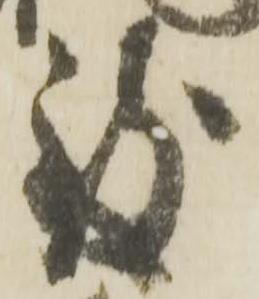
致